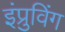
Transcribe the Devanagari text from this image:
इंप्रुविंग